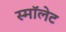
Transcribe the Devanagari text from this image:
स्मॉलेट